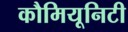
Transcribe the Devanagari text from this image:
कौमियूनिटी